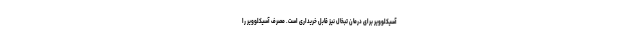
آسیکلوویر برای درمان تبخال نیز قابل خریداری است. مصرف آسیکلوویر را